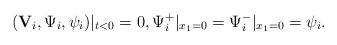
LaTeX: \begin{align*}({\mathbf V}_i,\Psi_i,\psi_i)|_{t<0}=0,\Psi^+_{i}|_{x_1=0}=\Psi^-_{i}|_{x_1=0}=\psi_i.\end{align*}